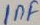
Text: 1nF